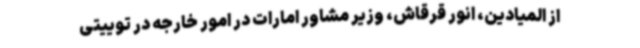
از المیادین، انور قرقاش، وزیر مشاور امارات در امور خارجه در توییتی